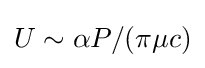
U\sim \alpha P/(\pi \mu c)